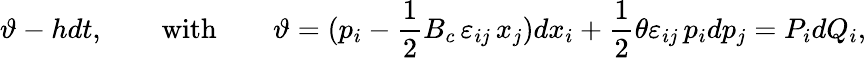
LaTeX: \vartheta-hdt,\qquad\mathrm{with}\qquad\vartheta=(p_{i}-\frac{1}{2}{B_{c}}\, \varepsilon_{ij}\, x_{j})dx_{i}+\frac{1}{2}\theta\varepsilon_{ij}\, p_{i}dp_{j}=P_{i}dQ_{i},